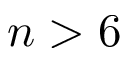
n > 6